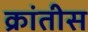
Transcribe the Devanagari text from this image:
क्रांतीस